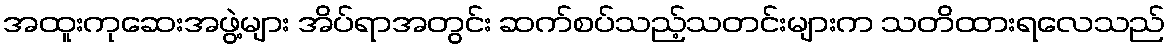
အထူးကုဆေးအဖွဲ့များ အိပ်ရာအတွင်း ဆက်စပ်သည့်သတင်းများက သတိထားရလေသည်